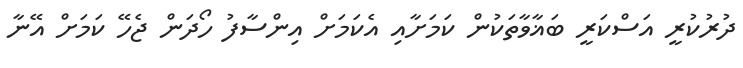
ދުރުކުރީ އަސްކަރީ ބަޣާވާާތަކުން ކަމަށާއި އެކަމަށް އިންސާފު ހޯދަން ޖެހޭ ކަމަށް އޭނާ